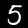
Digit: 5